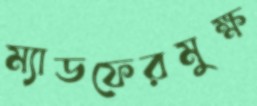
ম্যাডফেরমুক্ষ